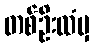
တစ်ဦးထံမှ